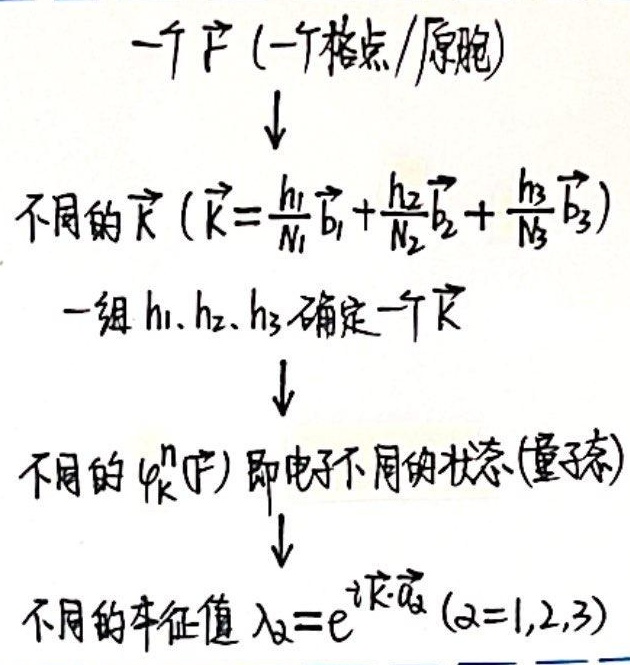
一个\(\vec{r}\)（一个格点/原胞）
\(\downarrow\)
不同的\(\vec{k}\)（\(\vec{k} = \frac{h_1}{N_1}\vec{b}_1 + \frac{h_2}{N_2}\vec{b}_2 + \frac{h_3}{N_3}\vec{b}_3\)）
一组\(h_1, h_2, h_3\)确定一个\(\vec{k}\)
\(\downarrow\)
不同的\(\varphi_{\vec{k}}^{n}(\vec{r})\)即电子不同的状态（量子态）
\(\downarrow\)
不同的本征值\(\lambda_{\alpha}=e^{i\vec{k}\cdot\vec{a}_{\alpha}} (\alpha = 1,2,3)\)